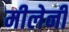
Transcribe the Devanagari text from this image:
मीलेनी